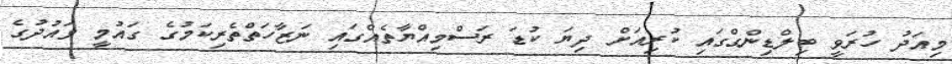
މިއަދު ހުރަވީ ބިލްޑިންގްގައި ކުރިއަށް ދިޔަ ކުޑަ ރަސްމިއްޔާތެއްގައި ނަޒާހަތްތެރިކަމުގެ ގައުމީ ވައުދުގެ